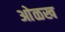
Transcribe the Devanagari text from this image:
आेळख